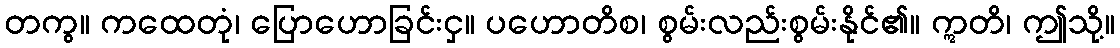
တကွ။ ကထေတုံ၊ ပြောဟောခြင်းငှ။ ပဟောတိစ၊ စွမ်းလည်းစွမ်းနိုင်၏။ ဣတိ၊ ဤသို့။